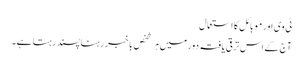
ٹی وی اور موبائل کا استعمال
آج کے اس ترقی یافتہ دور میں ہر شخص باخبر رہنا پسند رہتا ہے۔